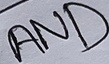
Text: AND